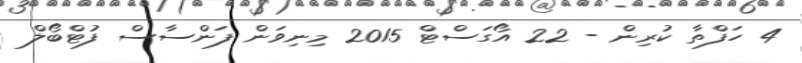
4 ހަފްތާ ކުރިން - 22 އޯގަސްޓް 2015 މިނިވަން ފަންސާސް ފުޓްބޯލް